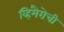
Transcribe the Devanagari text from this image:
व्हिमैरोची